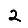
Digit: 2